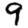
Digit: 9